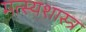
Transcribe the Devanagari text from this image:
मत्स्यशास्त्र